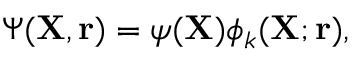
\Psi ( { \mathbf { X } } , { \mathbf { r } } ) = \psi ( { \mathbf { X } } ) \phi _ { k } ( { \mathbf { X } } ; { \mathbf { r } } ) ,